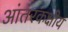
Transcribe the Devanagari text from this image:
आंतरकक्षीय